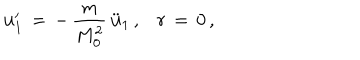
LaTeX: { \bf u } _ { 1 } ^ { \prime } \, = \, - \, \frac { m } { M _ { 0 } ^ { 2 } } \, \ddot { \bf u } _ { 1 } \, { , } \quad r \, = \, 0 \, { , }